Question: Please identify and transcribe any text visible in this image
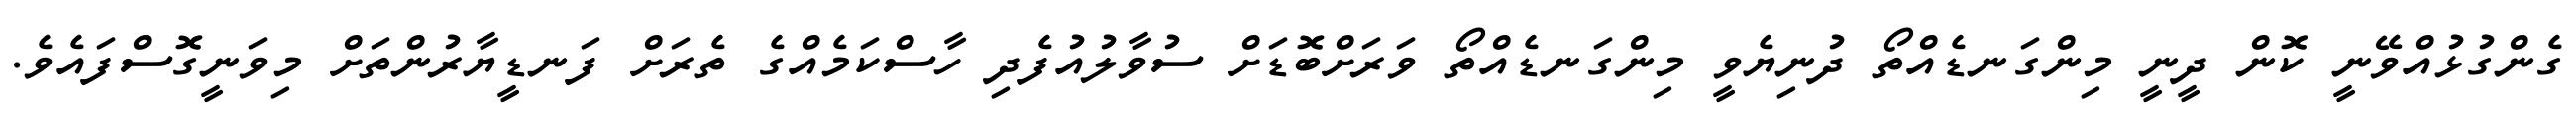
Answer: ގެންގުޅުއްވޭނީ ކޮން ދީނީ މިންގަނޑެއްތޯ ދުނިޔެވީ މިންގަނޑެއްތޯ ވަރަށްބޮޑަށް ސުވާލުއުފެދި ހާސްކަމެއްގެ ތެރަށް ފަނޑީޔާރުންތަށް މިވަނީގޮސްފައެވެ.